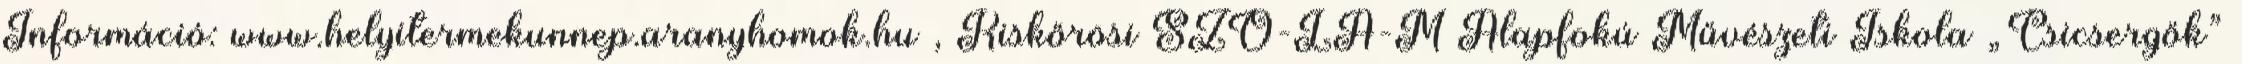
Információ: www.helyitermekunnep.aranyhomok.hu , Kiskőrösi SZÓ-LA-M Alapfokú Művészeti Iskola „Csicsergők”